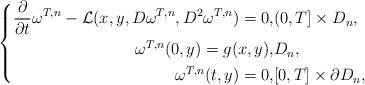
LaTeX: \begin{align*}\left\{ \begin{aligned} \frac{\partial}{\partial t}\omega^{T,n} - \mathcal{L}(x, y,D\omega^{T,n},D^{2}\omega^{T,n}) = 0, & (0,T]\times D_{n},\\ \omega^{T,n}(0,y) = g(x,y), & D_{n},\\ \omega^{T,n} (t,y) = 0, & [0,T]\times \partial D_{n}, \end{aligned}\right.\end{align*}